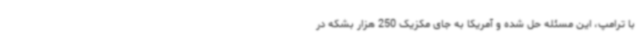
با ترامپ، این مسئله حل شده و آمریکا به جای مکزیک 250 هزار بشکه در